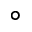
^ \circ